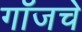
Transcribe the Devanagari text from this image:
गॉजचे